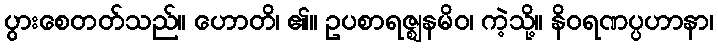
ပွားစေတတ်သည်။ ဟောတိ၊ ၏။ ဥပစာရဇ္ဈနမိဝ၊ ကဲ့သို့။ နိဝရဏပ္ပဟာနာ၊